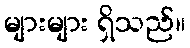
များများ ရှိသည်။